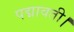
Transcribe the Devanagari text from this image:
पद्मावती।